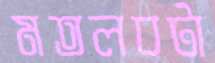
মতলবটা